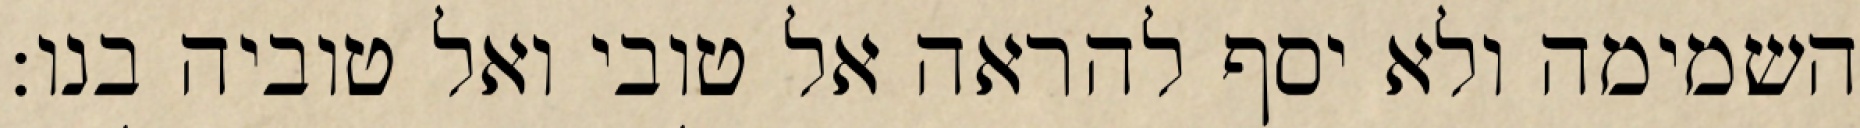
השמימה ולא יסף להראה אל טובי ואל טוביה בנו: